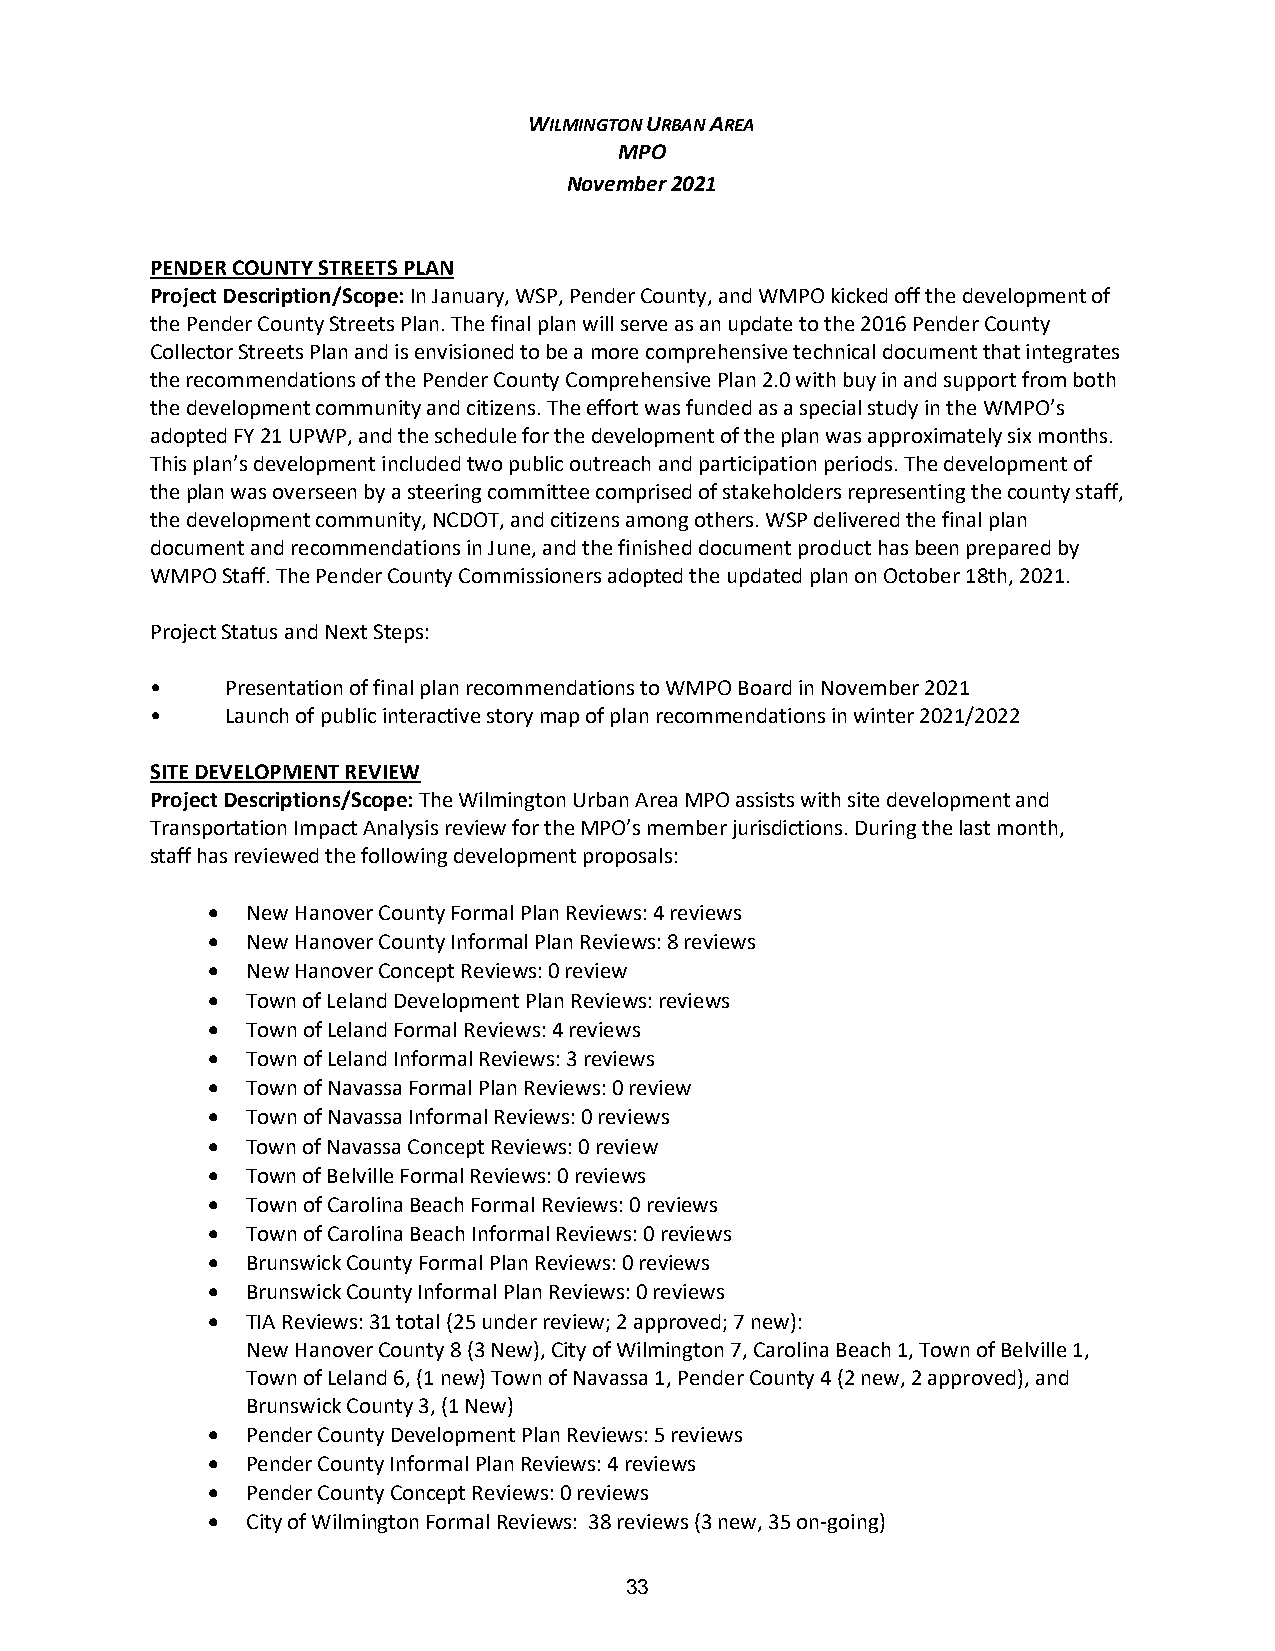
WILMINGTON URBAN AREA
 MPO
 November 2021
 PENDER COUNTY STREETS PLAN
 Project Description/Scope: In January, WSP, Pender County, and WMPO kicked off the development of
 the Pender County Streets Plan. The final plan will serve as an update to the 2016 Pender County
 Collector Streets Plan and is envisioned to be a more comprehensive technical document that integrates
 the recommendations of the Pender County Comprehensive Plan 2.0 with buy in and support from both
 the development community and citizens. The effort was funded as a special study in the WMPO’s
 adopted FY 21 UPWP, and the schedule for the development of the plan was approximately six months.
 This plan’s development included two public outreach and participation periods. The development of
 the plan was overseen by a steering committee comprised of stakeholders representing the county staff,
 the development community, NCDOT, and citizens among others. WSP delivered the final plan
 document and recommendations in June, and the finished document product has been prepared by
 WMPO Staff. The Pender County Commissioners adopted the updated plan on October 18th, 2021.
 Project Status and Next Steps:
 •    Presentation of final plan recommendations to WMPO Board in November 2021
 •    Launch of public interactive story map of plan recommendations in winter 2021/2022
 SITE DEVELOPMENT REVIEW
 Project Descriptions/Scope: The Wilmington Urban Area MPO assists with site development and
 Transportation Impact Analysis review for the MPO’s member jurisdictions. During the last month,
 staff has reviewed the following development proposals:
 • New Hanover County Formal Plan Reviews: 4 reviews
 • New Hanover County Informal Plan Reviews: 8 reviews
 • New Hanover Concept Reviews: 0 review
 • Town of Leland Development Plan Reviews: reviews
 • Town of Leland Formal Reviews: 4 reviews
 • Town of Leland Informal Reviews: 3 reviews
 • Town of Navassa Formal Plan Reviews: 0 review
 • Town of Navassa Informal Reviews: 0 reviews
 • Town of Navassa Concept Reviews: 0 review
 • Town of Belville Formal Reviews: 0 reviews
 • Town of Carolina Beach Formal Reviews: 0 reviews
 • Town of Carolina Beach Informal Reviews: 0 reviews
 • Brunswick County Formal Plan Reviews: 0 reviews
 • Brunswick County Informal Plan Reviews: 0 reviews
 • TIA Reviews: 31 total (25 under review; 2 approved; 7 new):
 New Hanover County 8 (3 New), City of Wilmington 7, Carolina Beach 1, Town of Belville 1,
 Town of Leland 6, (1 new) Town of Navassa 1, Pender County 4 (2 new, 2 approved), and
 Brunswick County 3, (1 New)
 • Pender County Development Plan Reviews: 5 reviews
 • Pender County Informal Plan Reviews: 4 reviews
 • Pender County Concept Reviews: 0 reviews
 • City of Wilmington Formal Reviews: 38 reviews (3 new, 35 on-going)
 33